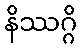
နိဿဂ္ဂိ